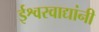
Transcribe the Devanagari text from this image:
ईश्वरवाद्यांनी